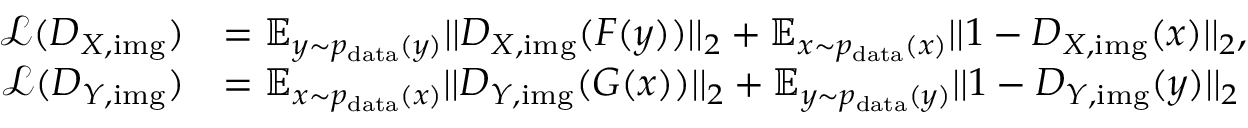
\begin{array} { r l } { \mathcal { L } ( D _ { X , \mathrm { i m g } } ) } & { = \mathbb { E } _ { y \sim p _ { \mathrm { d a t a } } ( y ) } | | D _ { X , \mathrm { i m g } } ( F ( y ) ) | | _ { 2 } + \mathbb { E } _ { x \sim p _ { \mathrm { d a t a } } ( x ) } | | 1 - D _ { X , \mathrm { i m g } } ( x ) | | _ { 2 } , } \\ { \mathcal { L } ( D _ { Y , \mathrm { i m g } } ) } & { = \mathbb { E } _ { x \sim p _ { \mathrm { d a t a } } ( x ) } | | D _ { Y , \mathrm { i m g } } ( G ( x ) ) | | _ { 2 } + \mathbb { E } _ { y \sim p _ { \mathrm { d a t a } } ( y ) } | | 1 - D _ { Y , \mathrm { i m g } } ( y ) | | _ { 2 } } \end{array}